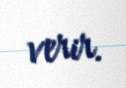
verir.